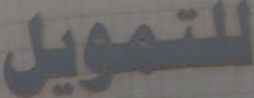
للتمويل